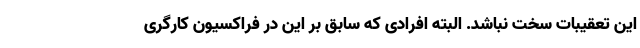
این تعقیبات سخت نباشد. البته افرادی که سابق بر این در فراکسیون کارگری